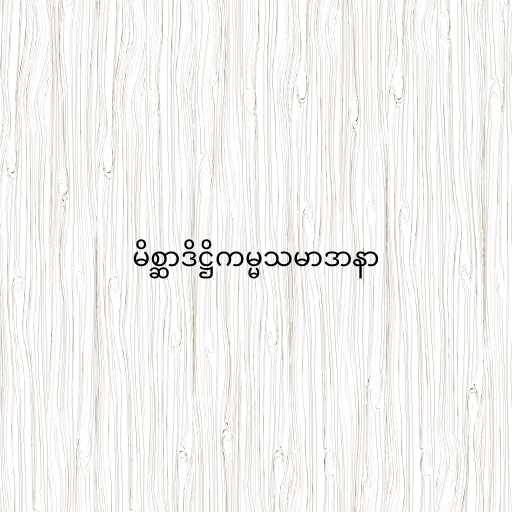
မိစ္ဆာဒိဋ္ဌိကမ္မသမာဒာနာ